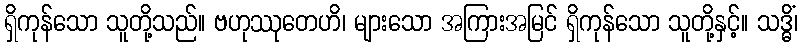
ရှိကုန်သော သူတို့သည်။ ဗဟုဿုတေဟိ၊ များသော အကြားအမြင် ရှိကုန်သော သူတို့နှင့်။ သဒ္ဓိံ၊